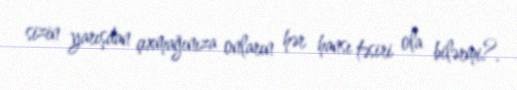
sizin yarışdan çıxmağınıza onların hər hansı təsiri ola bilərmi?.